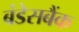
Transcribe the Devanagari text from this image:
बंडेसबैंक